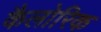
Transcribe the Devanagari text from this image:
कैलोरिक